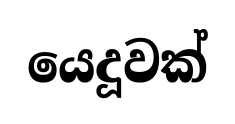
යෙදූවක්